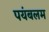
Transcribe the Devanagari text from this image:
पयंबलम